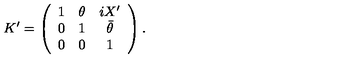
K ^ { \prime } = \left( \begin{array} { c c c } { 1 } & { \theta } & { i X ^ { \prime } } \\ { 0 } & { 1 } & { \bar { \theta } } \\ { 0 } & { 0 } & { 1 } \\ \end{array} \right) .